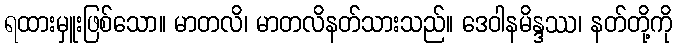
ရထားမှူးဖြစ်သော။ မာတလိ၊ မာတလိနတ်သားသည်။ ဒေဝါနမိန္ဒဿ၊ နတ်တို့ကို